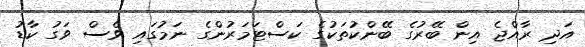
އަދި ރާއްޖެ އިން ބޭރުގެ ބޭންކުތަކުގެ ކަސްޓަމަރުންގެ ނަމުގައި ވެސް ވަގު ކާޑު